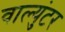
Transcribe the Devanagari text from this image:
वाल्युंटर